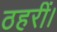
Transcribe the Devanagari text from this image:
ठहरीं।